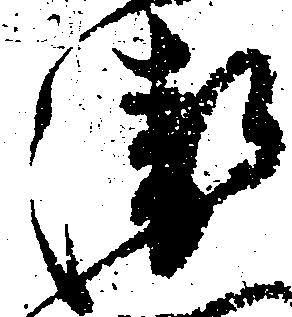
衛